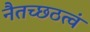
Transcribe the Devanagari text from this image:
नैतच्छठत्वं